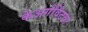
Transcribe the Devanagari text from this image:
केअर्गविंटव्ग